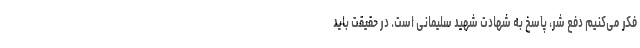
فکر می‌کنیم دفع شر، پاسخ به شهادت شهید سلیمانی است. در حقیقت باید